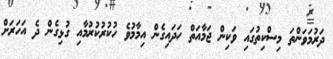
ދަރުމަވަންތަ މިސްކިތުގައި ވަކިން ޖަމާއަތް ހަދައިގެން އިމާމުވެ ހުކުރުކުރުމާއި ގުޅިގެން ދެ އަހަރަށް